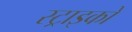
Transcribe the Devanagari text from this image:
स्ट्राइकों